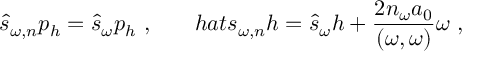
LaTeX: \hat { s } _ { \omega , n } p _ { h } = \hat { s } _ { \omega } p _ { h } \ , \ \ \ \ \ \, h a t { s } _ { \omega , n } h = \hat { s } _ { \omega } h + \frac { 2 n _ { \omega } a _ { 0 } } { ( \omega , \omega ) } \omega \ ,